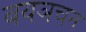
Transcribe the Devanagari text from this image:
बयञचन